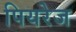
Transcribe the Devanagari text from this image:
पियरेज